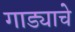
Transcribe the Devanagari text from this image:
गाड्याचे